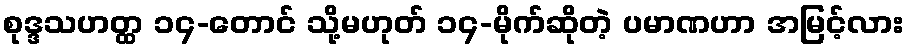
စုဒ္ဒသဟတ္ထ ၁၄-တောင် သို့မဟုတ် ၁၄-မိုက်ဆိုတဲ့ ပမာဏဟာ အမြင့်လား